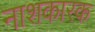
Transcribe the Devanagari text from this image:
नाशकारक